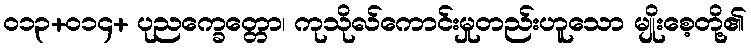
ဝ၁၃+၀၁၄+ ပုညက္ခေတ္တော၊ ကုသိုလ်ကောင်းမှုတည်းဟူသော မျိုးစေ့တို့၏